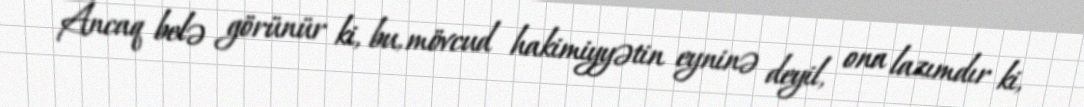
Ancaq belə görünür ki, bu, mövcud hakimiyyətin eyninə deyil, ona lazımdır ki,